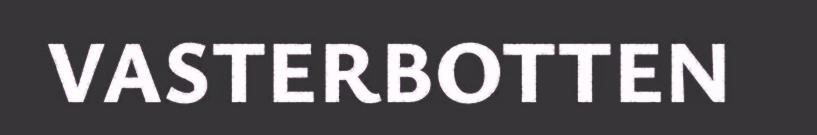
VASTERBOTTEN